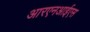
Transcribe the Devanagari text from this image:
आरएनआईएस